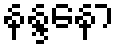
နန္ဒနော